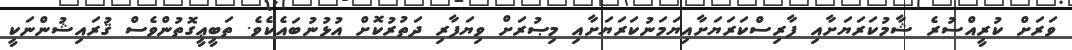
ވަރަށް ކުރީއްސުރެ ޝާމުކަރަޔަށާއި ފާރިސްކަރަޔަށާއިޔަމަނުކަރަޔަށާއި މިޞުރަށް ވިޔަފާރި ދަތުރުކޮށް އުޅުނުބައެކެވެ. ތަބީޢީގޮތުންވެސް ޤުރައިޝުންނަކީ